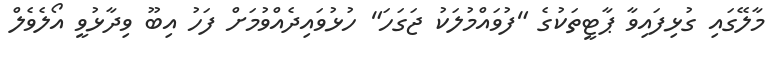
މާލޭގައި ގުޅިފައިވާ ޕާޓީތަކުގެ "ފުވައްމުލަކު ޖަގަހަ" ހުޅުވައިދެއްވުމަށް ފަހު އިބޫ ވިދާޅުވީ އޯލެވެލް